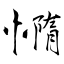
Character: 憜